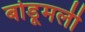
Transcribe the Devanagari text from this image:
बोडूमली